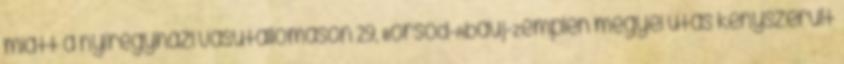
miatt a nyíregyházi vasútállomáson 29, Borsod-Abaúj-Zemplén megyei utas kényszerült